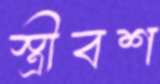
স্ত্রীবশ